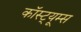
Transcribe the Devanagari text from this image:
कॉस्ट्यूम्स